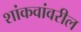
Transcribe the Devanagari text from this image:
शांकवांवरील